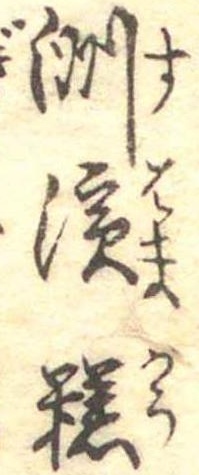
洲浜糕